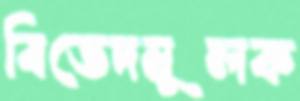
বিভেদমূলক